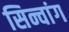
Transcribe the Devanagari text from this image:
सिन्चांग